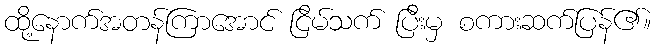
ထို့နောက်အတန်ကြာအောင် ငြိမ်သက် ပြီးမှ စကားဆက်ပြန်၏။